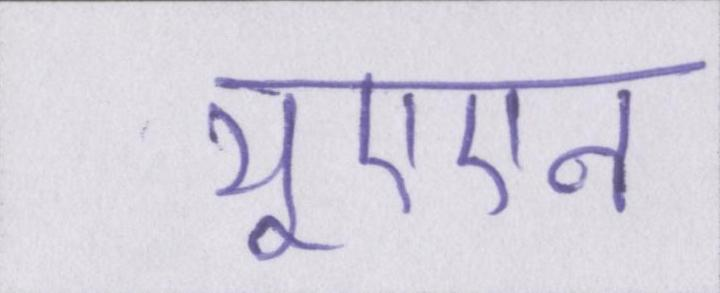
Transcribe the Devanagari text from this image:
यूएएन